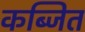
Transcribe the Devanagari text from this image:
कब्जित